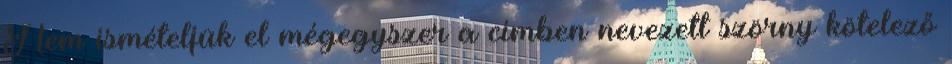
Nem ismételjük el mégegyszer a címben nevezett szörny kötelező